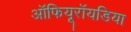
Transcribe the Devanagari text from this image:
ऑफियूरॉयडिया